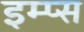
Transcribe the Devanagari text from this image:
इम्प्स